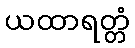
ယထာရတ္တံ